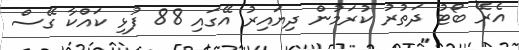
އެރޭ ބޯޓު ދަތުރު ކުރަމުން ދިޔައިރު އޭގައި 88 ފުޅި ކައްކާ ގޭސް